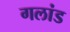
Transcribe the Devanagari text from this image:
गलांड